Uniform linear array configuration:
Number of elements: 16
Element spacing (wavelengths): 0.25
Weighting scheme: exponential
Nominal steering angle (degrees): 60
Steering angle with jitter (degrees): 60.839
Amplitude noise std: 0.05
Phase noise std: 0.05

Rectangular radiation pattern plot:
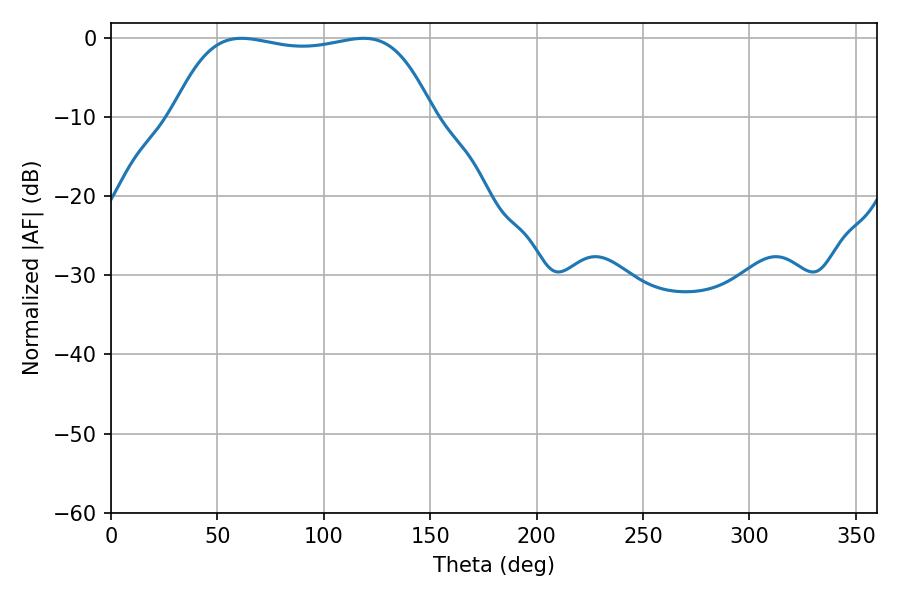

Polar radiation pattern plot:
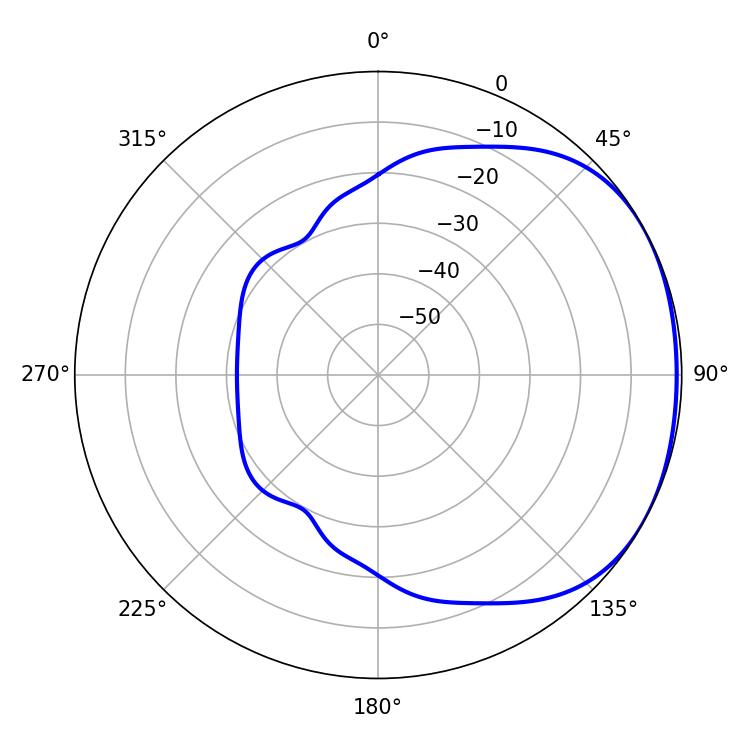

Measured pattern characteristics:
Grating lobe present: FALSE
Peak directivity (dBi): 1.571
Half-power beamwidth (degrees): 96.84
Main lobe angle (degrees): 61.38